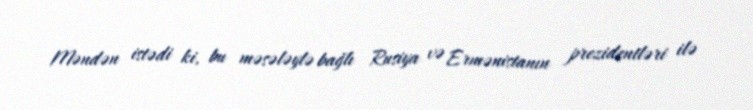
Məndən istədi ki, bu məsələylə bağlı Rusiya və Ermənistanın prezidentləri ilə